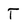
Character: T